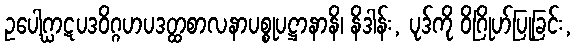
ဥပေါဂ္ဃာဋပဒဝိဂ္ဂဟပဒတ္ထစာလနာပစ္စုပဋ္ဌာနာနိ၊ နိဒါန်း, ပုဒ်ကို ဝိဂြိုဟ်ပြုခြင်း,